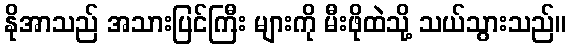
နိုအာသည် အသားပြင်ကြီး များကို မီးဖိုထဲသို့ သယ်သွားသည်။